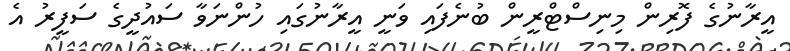
އީރާނުގެ ފޮރިން މިނިސްޓްރީން ބުނެފައި ވަނީ އީރާނުގައި ހުންނަވާ ސައުދީގެ ސަފީރު އެ